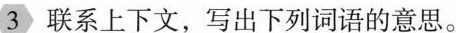
3联系上下文，写出下列词语的意思。